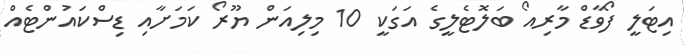
އިޓަލީ ފޯވާޑް މާރިއޯ ބަލޮޓެލީގެ އަގަކީ 10 މިިލިއަން ޔޫރޯ ކަމަށާއި ޑިސްކައުންޓެއް